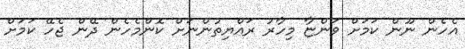
އެހެން ނޫން ކަމަށް ވަންޏާ މިހާރު ރައްޔިތުންނަށް ކޮންމެހެން ދޭން ޖެހޭ ކަމަށް